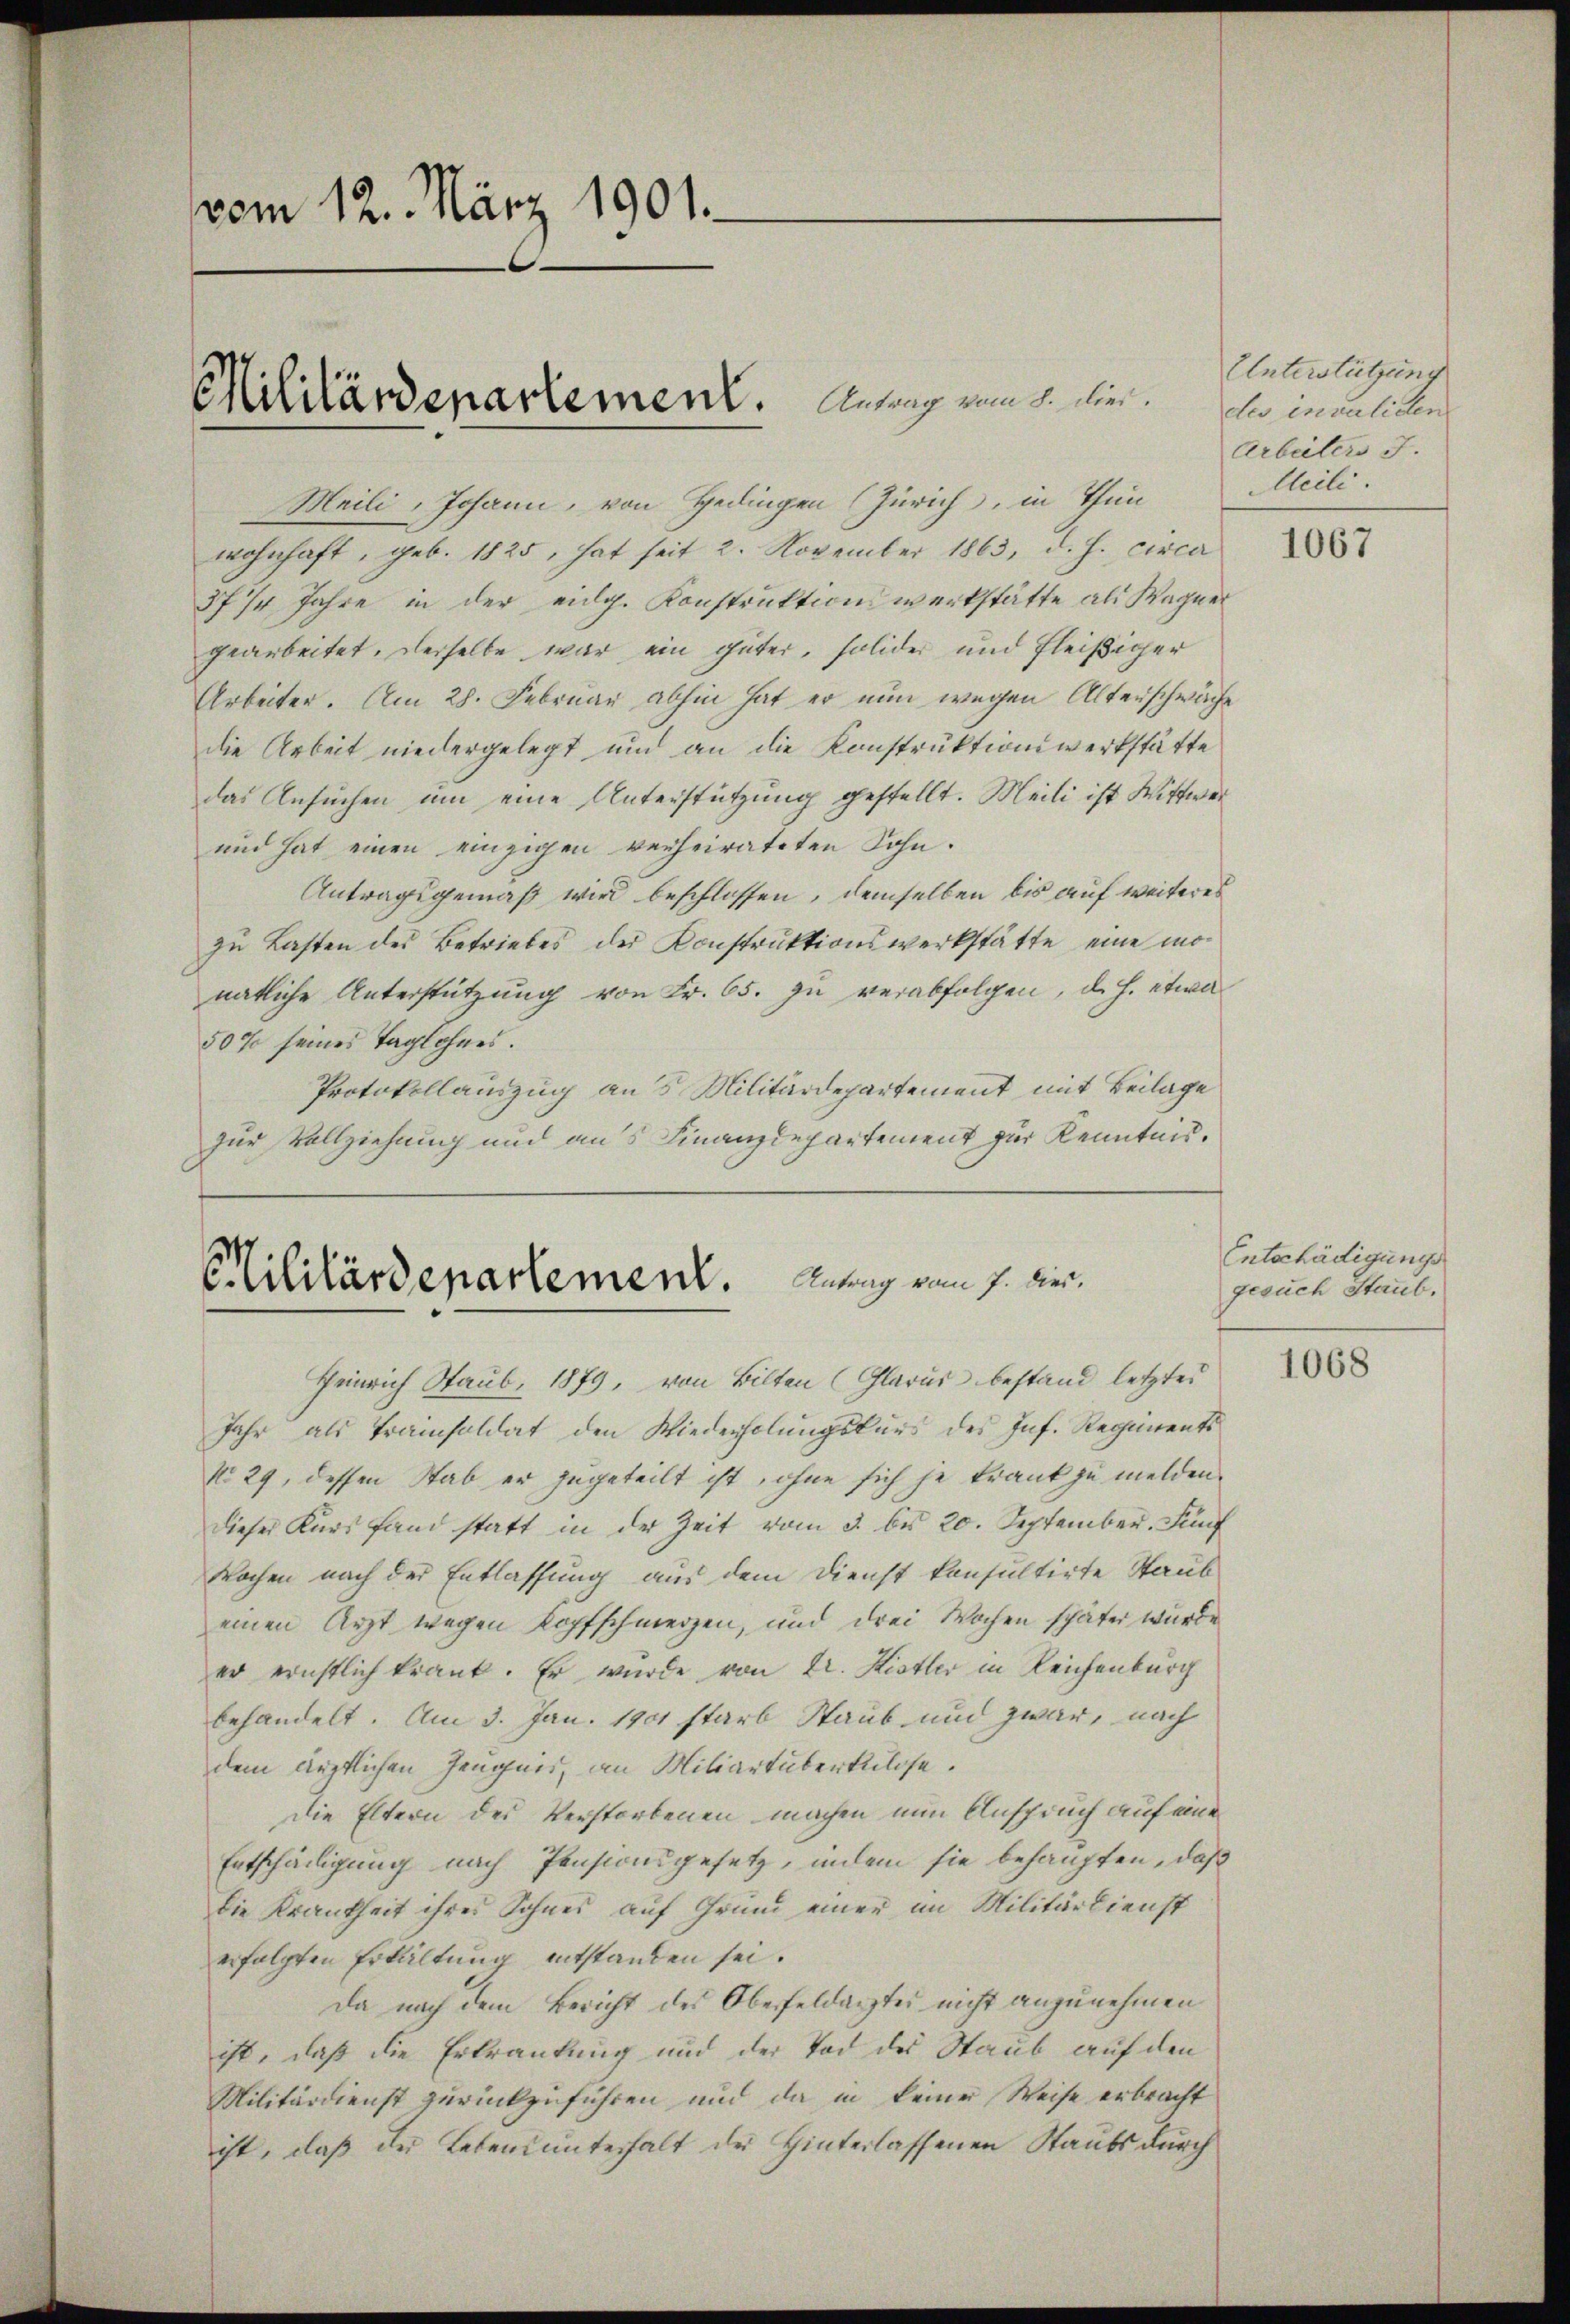
vom 12. März 1901.

Militärdepartement. Antrag vom 8. Mär

wohnhaft, geb. 1825, hat seit 2. November 1863, d. h. circa
37/4 Jahre in der eidg. Konstruktion werkstätte als Wagner
gearbeitet. Derselbe war ein güter, solider und fleißiger
Arbeiter. Am 28. Februar abhin hat er nun wegen Alterschwäche
die Arbeit niedergelegt und an die Konstruktionswerkstätte
das Ansuchen um eine Unterstützung gestellt. Meili ist Wittwer
und hat einen einzigen verheirateten Sohn.
Antragsgemäß wird beschlossen, demselben bis auf weiteres
zu Lasten des Betriebes der Konstruktionswerkstätte eine monatliche Unterstützung von Fr. 65. zu verabfolgen, d. h. etwa
50% seines Taglohnes.
Protokollauszug aus Militärdepartement mit Beilage
zur Vollziehung und aus Finanzdepartement zur Kenntnis.

Meili, Johann, von Gedingen (Zürich, in Thun

Cilitärdepartement. Antrag vom 1. Der
Heinrich Staub, 1879, von Bilten (Glarus bestand letztes

Jahr als Tramisoldat den Wiederholŭngskŭrs des Inf. Regiments
No. 29, dessen Stab er zugeteilt ist, ohne sich je krank zu melden.
dieser Kurs fand statt in der Zeit vom 3. bis 20. September. Fünf
Wochen nach der Entlassung aus dem Dienst konsultirte Staub
einen Arzt wegen Kopfschmerzen, und drei Wochen später würde
er ernstlich krank. Er wurde von E. Kistler in Reichenburg
behandelt. Am 3. Jan. 1901 starb Staub und zwar, nach
dem ärztlichen Zeugen, an Miliartüberkulose.
Die Eltern des Verstorbenen machen nun Anspruch auf eine
Entschädigung nach Pensionsgesetz, indem sie behaupten, daß
die Krankheit ihres Sohnes auf Grund einer im Militärdienst
erfolgten Erkältung entstanden sei.
Da nach dem Bericht des Oberfeldarztes nicht anzunehmen
ist, daß die Erkrankung und der Tod des Staub auf den
Militärdienst zurückzuführen und da in keiner Weise erbracht
ist, daß der Lebensunterhalt der Hinterlassenen Staubs durch

Unterstützung
des invaliden
Arbeiters J.
Meili

1067

Entschädigungs
gesuch Staub.

1068